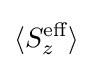
\langle S_{z}^{\text{eff}}\rangle